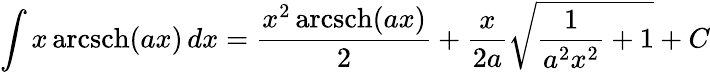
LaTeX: \int x\operatorname{arcsch}(ax)\, dx={\frac{x^{2}\operatorname{arcsch}(ax)}{2}}+{\frac{x}{2a}}{\sqrt{{\frac{1}{a^{2}x^{2}}}+1}}+C